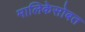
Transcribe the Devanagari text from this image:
मालिकेसोबत